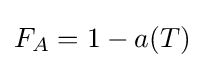
F_{A}=1-a(T)